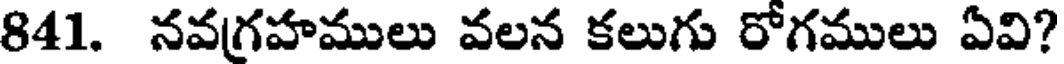
841. నవగ్రహములు వలన కలుగు రోగములు ఏవి?